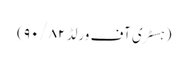
(ہسٹری آف ورلڈ ۹۰/۸۲)